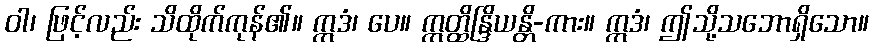
ဝါ၊ ဖြင့်လည်း သိထိုက်ကုန်၏။ ဣဒံ၊ ပေ။ ဣတ္ထိန္ဒြိယန္တိ-ကား။ ဣဒံ၊ ဤသို့သဘောရှိသော။